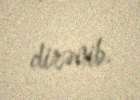
dirənib.